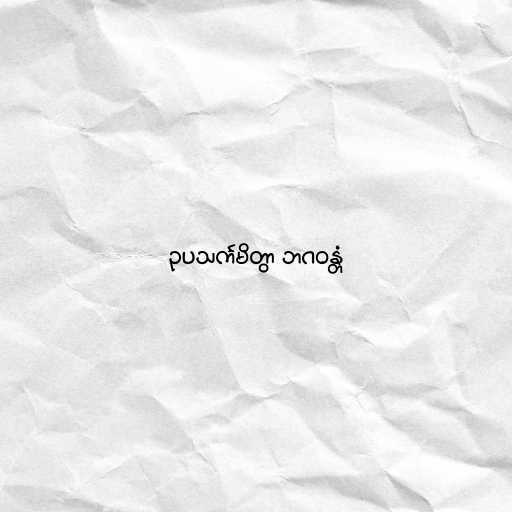
ဥပသင်္ကမိတွာ ဘဂဝန္တံ